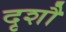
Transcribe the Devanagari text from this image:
दृशौ